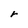
Character: r